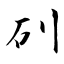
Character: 矵